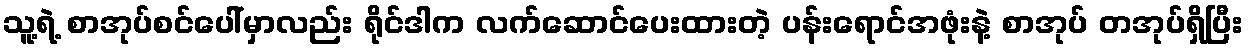
သူ့ရဲ့ စာအုပ်စင်ပေါ်မှာလည်း ရိုင်ဒါက လက်ဆောင်ပေးထားတဲ့ ပန်းရောင်အဖုံးနဲ့ စာအုပ် တအုပ်ရှိပြီး